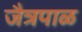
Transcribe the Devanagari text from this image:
जैत्रपाळ